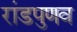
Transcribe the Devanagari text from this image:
रांडपुणव